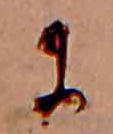
に